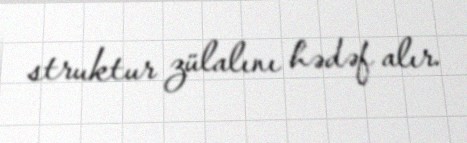
struktur zülalını hədəf alır.